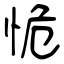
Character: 恑